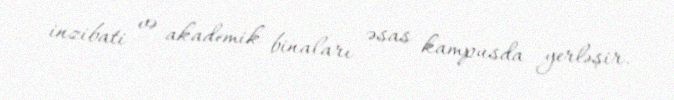
inzibati və akademik binaları əsas kampusda yerləşir.